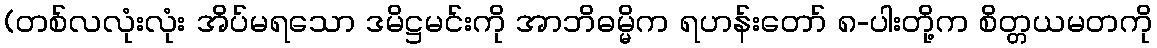
(တစ်လလုံးလုံး အိပ်မရသော ဒမိဋ္ဌမင်းကို အာဘိဓမ္မိက ရဟန်းတော် ၈-ပါးတို့က စိတ္တယမတကို